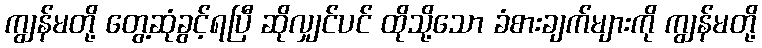
ကျွန်မတို့ တွေ့ဆုံခွင့်ရပြီ ဆိုလျှင်ပင် ထိုသို့သော ခံစားချက်များကို ကျွန်မတို့